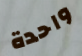
واحدة